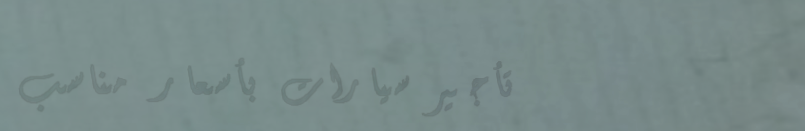
تأجير سيارات بأسعار مناسب